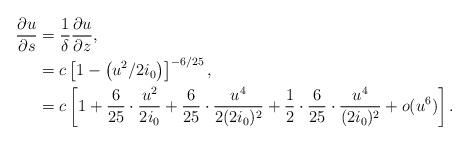
LaTeX: \begin{align*} \frac{\partial u}{\partial s}&= \frac{1}{\delta} \frac{\partial u}{\partial z},\\&= c\left[1-\left(u^2/2i_0\right)\right]^{-6/25},\\&= c \left[1+\frac{6}{25}\cdot \frac{u^2}{2i_0} +\frac{6}{25}\cdot \frac{u^4}{2(2i_0)^2} +\frac{1}{2}\cdot\frac{6}{25}\cdot \frac{u^4}{(2i_0)^2}+o(u^6)\right].\\\end{align*}